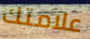
علامتك